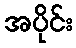
အပိုင်း